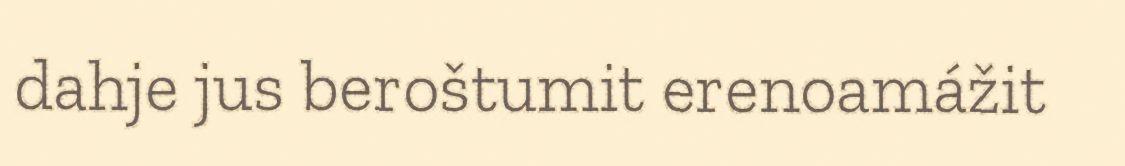
dahje jus beroštumit erenoamážit